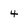
Character: 4